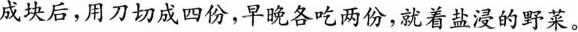
成块后，用刀切成四份，早晚各吃两份，就着盐浸的野菜。